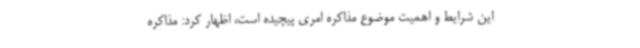
این شرایط و اهمیت موضوع مذاکره امری پیچیده است، اظهار کرد: مذاکره